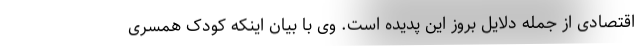
اقتصادی از جمله دلایل بروز این پدیده است. وی با بیان اینکه کودک همسری